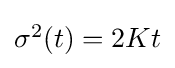
{\textstyle \sigma ^{2}(t)=2Kt}